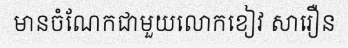
មានចំណែកជាមួយលោកខៀវ សារឿន